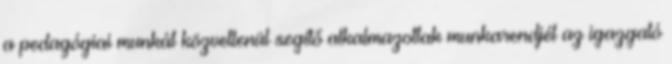
a pedagógiai munkát közvetlenül segítő alkalmazottak munkarendjét az igazgató